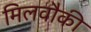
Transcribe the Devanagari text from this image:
मिलवौकी